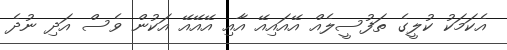
އެކަމަކު ކުލީގެ ތަފުސީލެއް އޭއައިއޭ އާއި އޭއޭއޭ އަކުން ވެސް އަދި ނުދެ